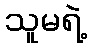
သူမရဲ့